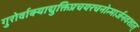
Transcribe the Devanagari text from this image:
गुरोर्वाक्याद्युक्तिप्रचयरचनोन्मार्जनवशात्